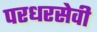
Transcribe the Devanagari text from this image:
परधरसेवी